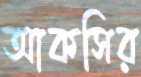
আকসির